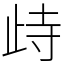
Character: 歭